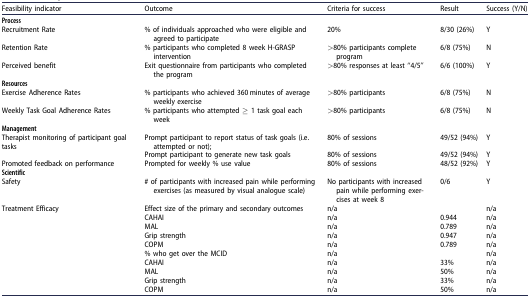
| Feasibility indicator | Outcome | Criteria for success | Result | Success (Y/N) |
 | --- | --- | --- | --- | --- |
 | <COLSPAN=5> Process |
 | Recruitment Rate | % of individuals approached who were eligible and agreed to participate | 20% | 8/30 (26%) | Y |
 | Retention Rate | % participants who completed 8 week H-GRASP intervention | >80% participants complete program | 6/8 (75%) | N |
 | Perceived benefit | Exit questionnaire from participants who completed the program | >80% responses at least “4/5” | 6/6 (100%) | Y |
 | <COLSPAN=5> Resources |
 | Exercise Adherence Rates | % participants who achieved 360 minutes of average weekly exercise | >80% participants | 6/8 (75%) | N |
 | Weekly Task Goal Adherence Rates | % participants who attempted ≥ 1 task goal each week | >80% participants | 6/8 (75%) | N |
 | <COLSPAN=5> Management |
 | Therapist monitoring of participant goal tasks | Prompt participant to report status of task goals (i.e. attempted or not); | 80% of sessions | 49/52 (94%) | Y |
 |  | Prompt participant to generate new task goals | 80% of sessions | 49/52 (94%) | Y |
 | Promoted feedback on performance | Prompted for weekly % use value | 80% of sessions | 48/52 (92%) | Y |
 | <COLSPAN=5> Scientific |
 | Safety | # of participants with increased pain while performing exercises (as measured by visual analogue scale) | No participants with increased pain while performing exercises at week 8 | 0/6 | Y |
 | Treatment Efficacy | Effect size of the primary and secondary outcomes | n/a |  | n/a |
 |  | CAHAI | n/a | 0.944 | n/a |
 |  | MAL | n/a | 0.789 | n/a |
 |  | Grip strength | n/a | 0.947 | n/a |
 |  | COPM | n/a | 0.789 | n/a |
 |  | % who get over the MCID | n/a |  | n/a |
 |  | CAHAI | n/a | 33% | n/a |
 |  | MAL | n/a | 50% | n/a |
 |  | Grip strength | n/a | 33% | n/a |
 |  | COPM | n/a | 50% | n/a |